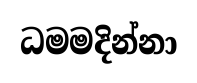
ධමමදින්නා